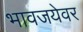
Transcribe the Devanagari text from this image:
भावजयेवर